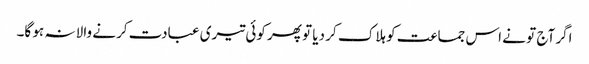
اگر آج تو نے اس جماعت کو ہلاک کر دیا تو پھر کوئی تیری عبادت کرنے والا نہ ہو گا۔